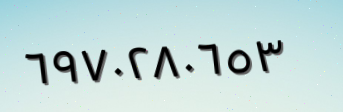
٦٩٧٠٢٨٠٦٥٣